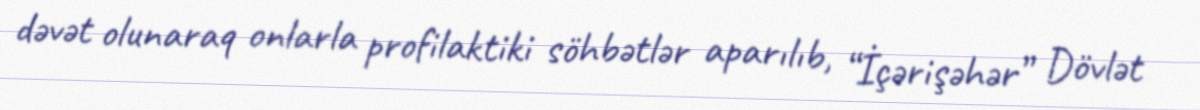
dəvət olunaraq onlarla profilaktiki söhbətlər aparılıb, “İçərişəhər” Dövlət